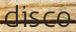
disco